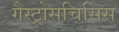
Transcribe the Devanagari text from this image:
गैस्ट्रोसचिसिस